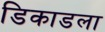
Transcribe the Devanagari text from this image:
डिकाडला